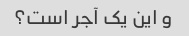
و این یک آجر است؟